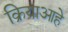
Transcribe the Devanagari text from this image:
क्रियाआहे